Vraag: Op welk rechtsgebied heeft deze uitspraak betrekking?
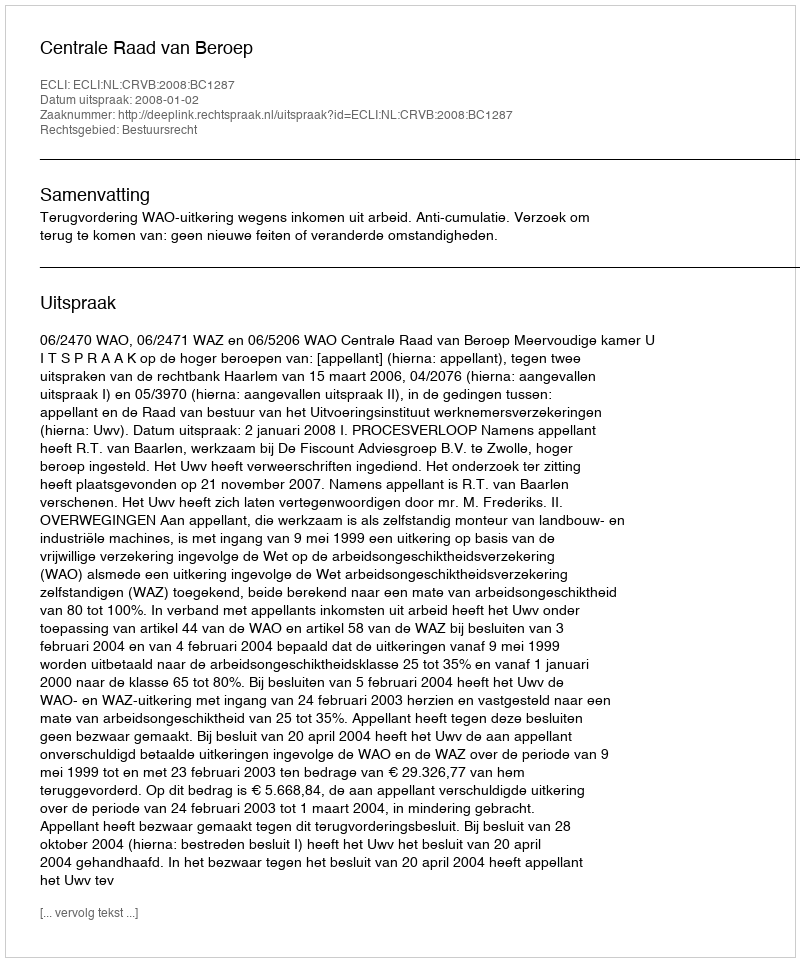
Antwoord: Bestuursrecht